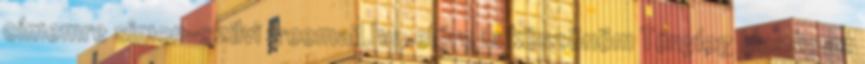
címemre simon-szilvi freemail.hu, előre is köszönöm Tényleg klassz az